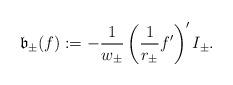
LaTeX: \begin{align*} \mathfrak{b}_{\pm}(f):= - \frac{1}{w_\pm} \left( \frac{1}{r_\pm}f' \right)' I_\pm. \end{align*}